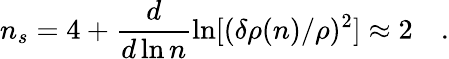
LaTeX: n_{s}=4+\frac{d}{d\ln n}\ln[(\delta\rho(n)/\rho)^{2}]\approx 2\quad.